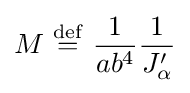
M\ {\stackrel {\mathrm {def} }{=}}\ {\frac {1}{ab^{4}}}{\frac {1}{J_{\alpha }^{\prime }}}